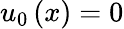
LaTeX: u_{0}\left(x\right)=0